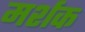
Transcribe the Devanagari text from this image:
मर्शक